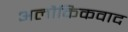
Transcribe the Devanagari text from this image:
अलौकिकवाद